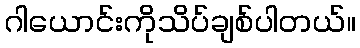
ဂါယောင်းကိုသိပ်ချစ်ပါတယ်။